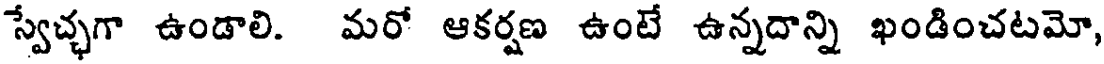
స్వేచ్చగా ఉండాలి. మరో ఆకర్షణ ఉంటే ఉన్నదాన్ని ఖండించటమో,